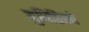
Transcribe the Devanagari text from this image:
युधिष्ठिरने